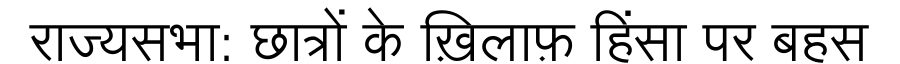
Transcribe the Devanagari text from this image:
राज्यसभा: छात्रों के ख़िलाफ़ हिंसा पर बहस